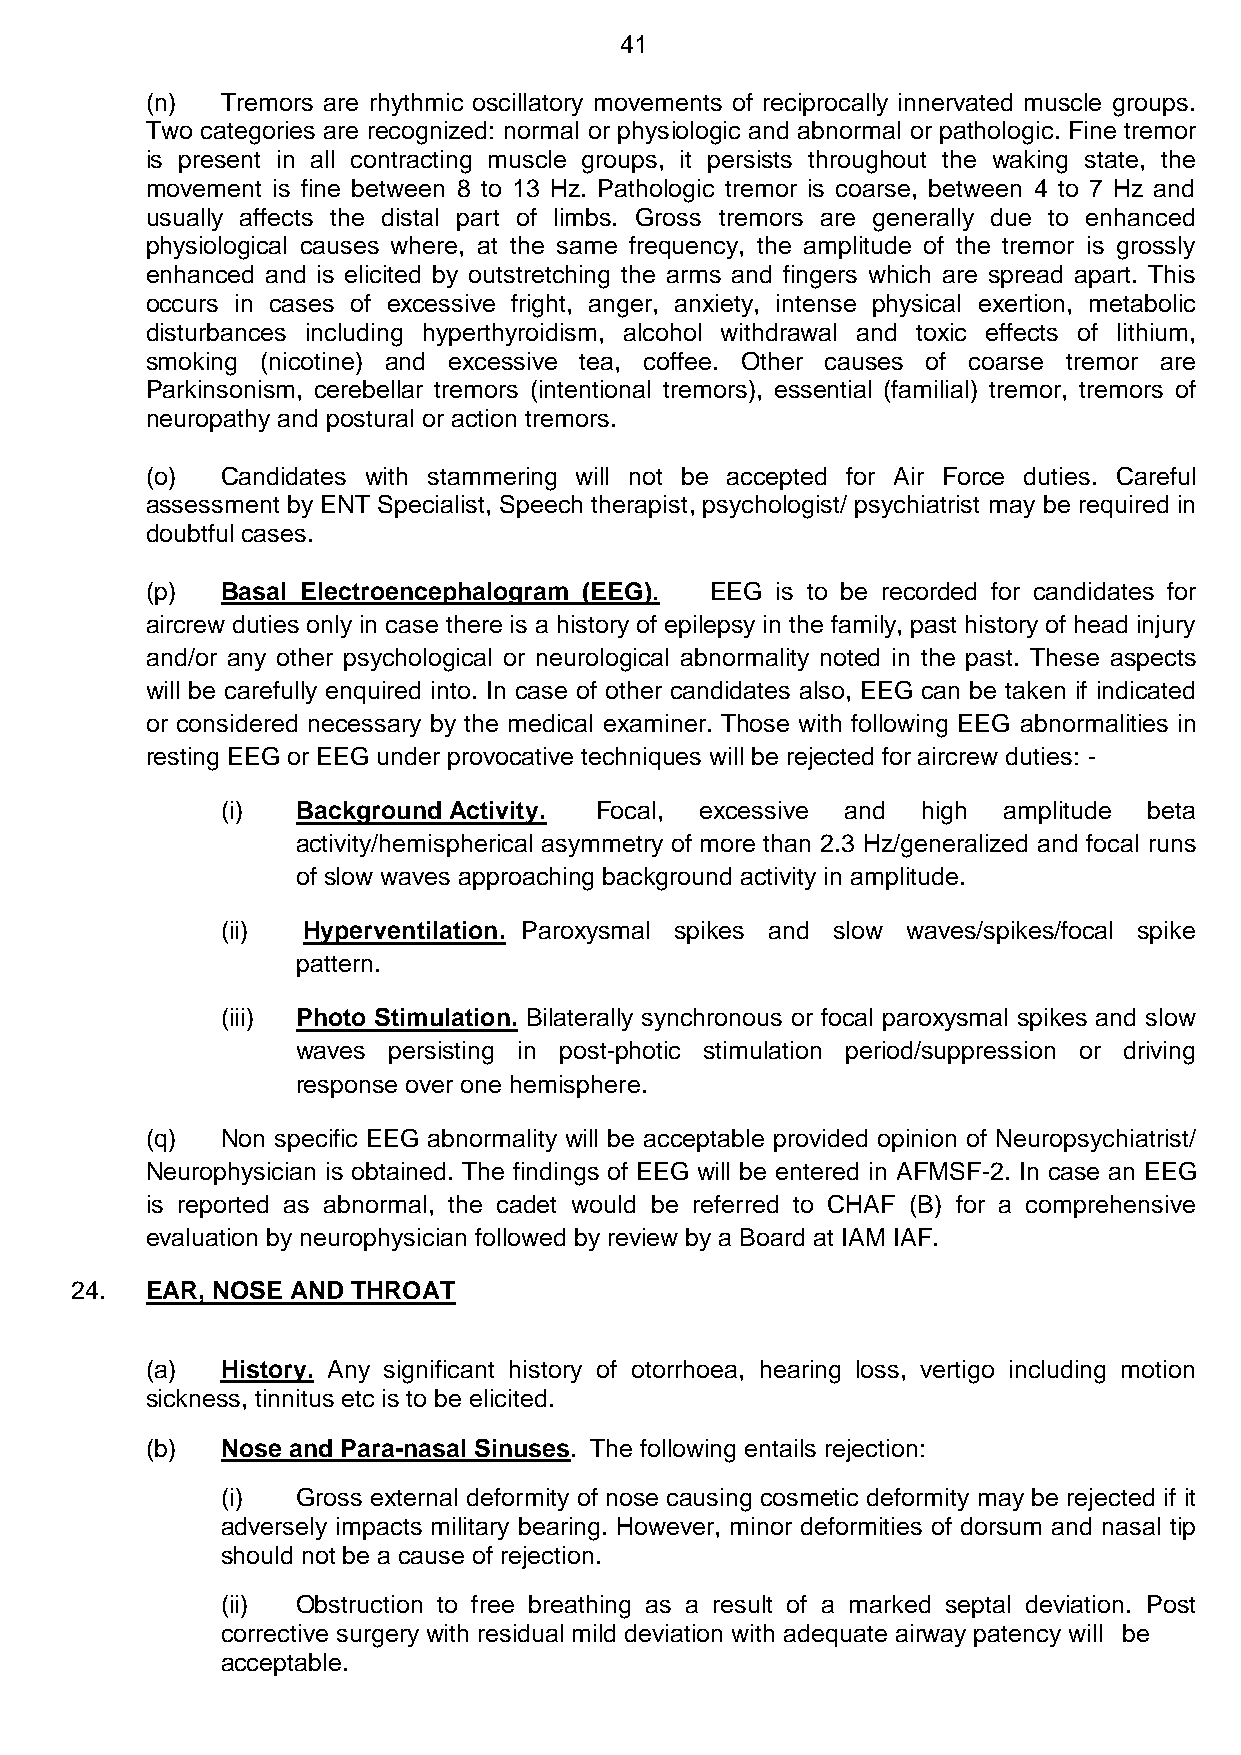
41
 (n)  Tremors are rhythmic oscillatory movements of reciprocally innervated muscle groups.
 Two categories are recognized: normal or physiologic and abnormal or pathologic. Fine tremor
 is present in all contracting muscle groups, it persists throughout the waking state, the
 movement is fine between 8 to 13 Hz. Pathologic tremor is coarse, between 4 to 7 Hz and
 usually affects the distal part of limbs. Gross tremors are generally due to enhanced
 physiological causes where, at the same frequency, the amplitude of the tremor is grossly
 enhanced and is elicited by outstretching the arms and fingers which are spread apart. This
 occurs in cases of excessive fright, anger, anxiety, intense physical exertion, metabolic
 disturbances including hyperthyroidism, alcohol withdrawal and toxic effects of lithium,
 smoking (nicotine) and excessive tea, coffee. Other causes of coarse tremor are
 Parkinsonism, cerebellar tremors (intentional tremors), essential (familial) tremor, tremors of
 neuropathy and postural or action tremors.
 (o)  Candidates with stammering will not be accepted for Air Force duties. Careful
 assessment by ENT Specialist, Speech therapist, psychologist/ psychiatrist may be required in
 doubtful cases.
 (p)  Basal Electroencephalogram (EEG). EEG is to be recorded for candidates for
 aircrew duties only in case there is a history of epilepsy in the family, past history of head injury
 and/or any other psychological or neurological abnormality noted in the past. These aspects
 will be carefully enquired into. In case of other candidates also, EEG can be taken if indicated
 or considered necessary by the medical examiner. Those with following EEG abnormalities in
 resting EEG or EEG under provocative techniques will be rejected for aircrew duties: -
 (i)  Background Activity. Focal, excessive and high amplitude beta
 activity/hemispherical asymmetry of more than 2.3 Hz/generalized and focal runs
 of slow waves approaching background activity in amplitude.
 (ii) Hyperventilation. Paroxysmal spikes and slow waves/spikes/focal spike
 pattern.
 (iii) Photo Stimulation. Bilaterally synchronous or focal paroxysmal spikes and slow
 waves persisting in post-photic stimulation period/suppression or driving
 response over one hemisphere.
 (q)  Non specific EEG abnormality will be acceptable provided opinion of Neuropsychiatrist/
 Neurophysician is obtained. The findings of EEG will be entered in AFMSF-2. In case an EEG
 is reported as abnormal, the cadet would be referred to CHAF (B) for a comprehensive
 evaluation by neurophysician followed by review by a Board at IAM IAF.
 24.  EAR, NOSE AND THROAT
 (a)  History. Any significant history of otorrhoea, hearing loss, vertigo including motion
 sickness, tinnitus etc is to be elicited.
 (b)  Nose and Para-nasal Sinuses. The following entails rejection:
 (i)  Gross external deformity of nose causing cosmetic deformity may be rejected if it
 adversely impacts military bearing. However, minor deformities of dorsum and nasal tip
 should not be a cause of rejection.
 (ii) Obstruction to free breathing as a result of a marked septal deviation. Post
 corrective surgery with residual mild deviation with adequate airway patency will be
 acceptable.